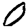
Digit: 0